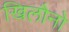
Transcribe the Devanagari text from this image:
खिलौनो